Lunatic asylums Central Provinces reports 1895-1909 - 1895-1909
Year: 1895
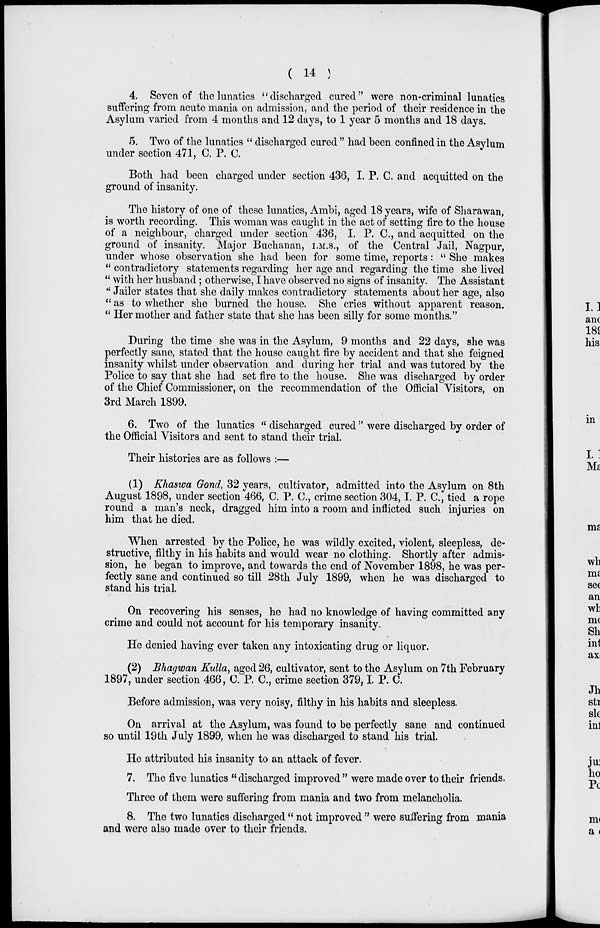
( 14 )
4. Seven of the lunatics "discharged cured" were non-criminal lunatics
suffering from acute mania on admission, and the period of their residence in the
Asylum varied from 4 months and 12 days, to 1 year 5 months and 18 days.
5. Two of the lunatics " discharged cured " had been confined in the Asylum
under section 471, C. P. C.
Both had been charged under section 436, I. P. C. and acquitted on the
ground of insanity.
The history of one of these lunatics, Ambi, aged 18 years, wife of Sharawan,
is worth recording. This woman was caught in the act of setting fire to the house
of a neighbour, charged under section 436, I. P. C., and acquitted on the
ground of insanity. Major Buchanan, I.M.S., of the Central Jail, Nagpur,
under whose observation she had been for some time, reports: " She makes
" contradictory statements regarding her age and regarding the time she lived
" with her husband; otherwise, I have observed no signs of insanity. The Assistant
" Jailer states that she daily makes contradictory statements about her age, also
" as to whether she burned the house. She cries without apparent reason.
" Her mother and father state that she has been silly for some months."
During the time she was in the Asylum, 9 months and 22 days, she was
perfectly sane, stated that the house caught fire by accident and that she feigned
insanity whilst under observation and during her trial and was tutored by the
Police to say that she had set fire to the house. She was discharged by order
of the Chief Commissioner, on the recommendation of the Official Visitors, on
3rd March 1899.
6. Two of the lunatics " discharged cured" were discharged by order of
the Official Visitors and sent to stand their trial.
Their histories are as follows :—
(1) Khaswa Gond, 32 years, cultivator, admitted into the Asylum on 8th
August 1898, under section 466, C. P. C., crime section 304, I. P. C., tied a rope
round a man's neck, dragged him into a room and inflicted such injuries on
him that he died.
When arrested by the Police, he was wildly excited, violent, sleepless, de-
structive, filthy in his habits and would wear no clothing. Shortly after admis-
sion, he began to improve, and towards the end of November 1898, he was per-
fectly sane and continued so till 28th July 1899, when he was discharged to
stand his trial.
On recovering his senses, he had no knowledge of having committed any
crime and could not account for his temporary insanity.
He denied having ever taken any intoxicating drug or liquor.
(2) Bhagwan Kulla, aged 26, cultivator, sent to the Asylum on 7th February
1897, under section 466, C. P. C., crime section 379,I. P. C.
Before admission, was very noisy, filthy in his habits and sleepless.
On arrival at the Asylum, was found to be perfectly sane and continued
so until 19th July 1899, when he was discharged to stand his trial.
He attributed his insanity to an attack of fever.
7. The five lunatics " discharged improved " were made over to their friends.
Three of them were suffering from mania and two from melancholia.
8. The two lunatics discharged " not improved " were suffering from mania
and were also made over to their friends.